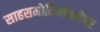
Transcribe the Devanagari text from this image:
साहसमोहिमांबरोबर